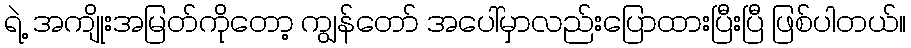
ရဲ့ အကျိုးအမြတ်ကိုတော့ ကျွန်တော် အပေါ်မှာလည်းပြောထားပြီးပြီ ဖြစ်ပါတယ်။